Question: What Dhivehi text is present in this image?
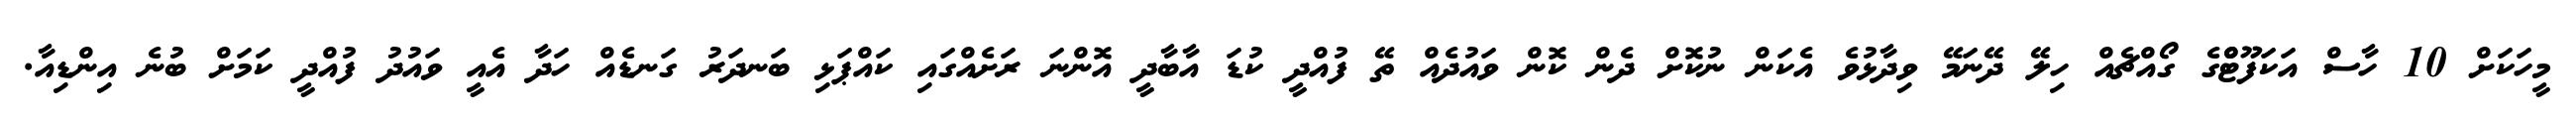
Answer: މީހަކަށް 10 ހާސް އަކަފޫޓްްގެ ގޯއްޗެއް ހިލޭ ދޭނަމޭ ވިދާޅުވެ އެކަން ނުކޮށް ދެން ކޮން ވައުދެއް ތޭ ފުއްދީ ކުޑަ އާބާދީ އޮންނަ ރަށެއްގައި ކައްޕަޅި ބަނދަރު ގަނޑެއް ހަދާ އެއީ ވައުދު ފުއްދީ ކަމަށް ބުނެ އިންޑިއާ.